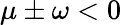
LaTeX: \mu\pm\omega<0